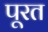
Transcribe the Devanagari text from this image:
पूरत